Civil Veterinary Dept. North-West Frontier Province 1933-46 - 1933-1946
Year: 1933
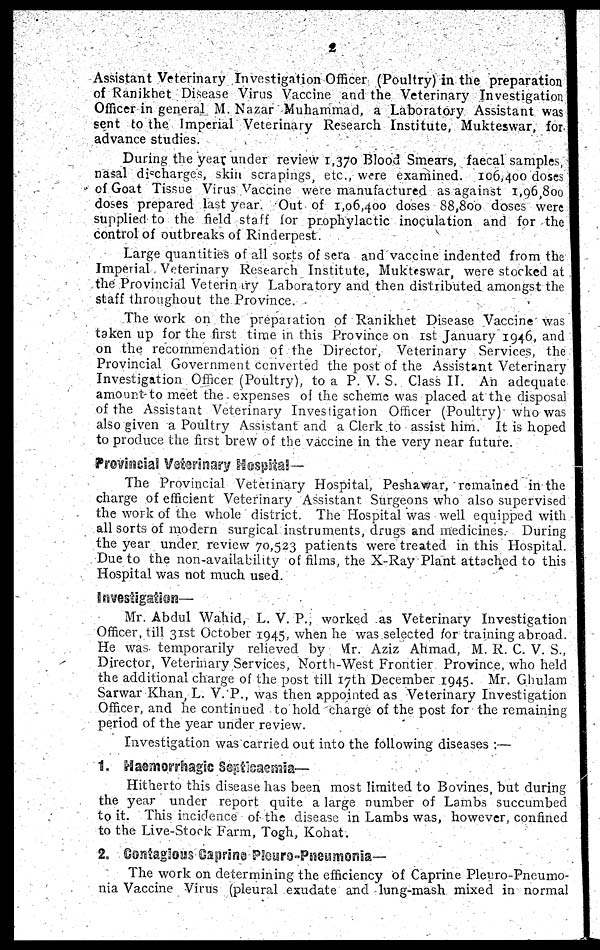
2
Assistant Veterinary Investigation Officer (Poultry) in the preparation
of Ranikhet Disease Virus Vaccine and the Veterinary Investigation
Officer in general M. Nazar Muhammad, a Laboratory Assistant was
sent to the Imperial Veterinary Research Institute, Mukteswar, for
advance studies.
During the year under review 1,370 Blood Smears, faecal samples,
nasal discharges, skin scrapings, etc., were examined. 106,400 doses
of Goat Tissue Virus Vaccine were manufactured as against 1,96,800
doses prepared last year. Out of 1,06,400 doses 88,800 doses were
supplied to the field staff for prophylactic inoculation and for the
control of outbreaks of Rinderpest.
Large quantities of all sorts of sera and vaccine indented from the
Imperial Veterinary Research Institute, Mukteswar, were stocked at
the Provincial Veterinatry Laboratory and then distributed amongst the
staff throughout the Province.
The work on the preparation of Ranikhet Disease Vaccine was
taken up for the first time in this Province on 1st January 1946, and
on the recommendation of the Director, Veterinary Services, the
Provincial Government converted the post of the Assistant Veterinary
Investigation Officer (Poultry), to a P. V. S. Class II. An adequate
amount to meet the expenses of the scheme was placed at the disposal
of the Assistant Veterinary Investigation Officer (Poultry) who was
also given a Poultry Assistant and a Clerk to assist him. It is hoped
to produce the first brew of the vaccine in the very near future.
Provincial Veterinary Hospital—
The Provincial Veterinary Hospital, Peshawar, remained in the
charge of efficient Veterinary Assistant Surgeons who also supervised
the work of the whole district. The Hospital was well equipped with
all sorts of modern surgical instruments, drugs and medicines. During
the year under, review 70,523 patients were treated in this Hospital.
Due to the non-availability of films, the X-Ray Plant attached to this
Hospital was not much used.
Investigation-
Mr. Abdul Wahid, L. V. P., worked as Veterinary Investigation
Officer, till 31st October 1945, when he was selected for training abroad.
He was temporarily relieved by Mr. Aziz Ahmad, M. R. C. V. S.,
Director, Veterinary Services, North-West Frontier Province, who held
the additional charge of the post till 17th December 1945. Mr. Ghulam
Sarwar Khan, L. V. P., was then appointed as Veterinary Investigation
Officer, and he continued to hold charge of the post for the remaining
period of the year under review.
Investigation was carried out into the following diseases:—
1. Haemorrhagic Septicaesmia—
Hitherto this disease has been most limited to Bovines, but during
the year under report quite a large number of Lambs succumbed
to it. This incidence of the disease in Lambs was, however, confined
to the Live-Stock Farm, Togh, Kohat.
2. Contagious Caprino Plouro-Pneumonia—
The work on determining the efficiency of Caprine Pleuro-Pneumo-
nia Vaccine Virus (pleural exudate and lung-mash mixed in normal